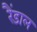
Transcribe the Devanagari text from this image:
रैंडाल